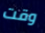
وقت